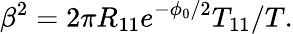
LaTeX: \beta^{2}=2\pi R_{11}e^{-\phi_{0}/2}T_{11}/T.